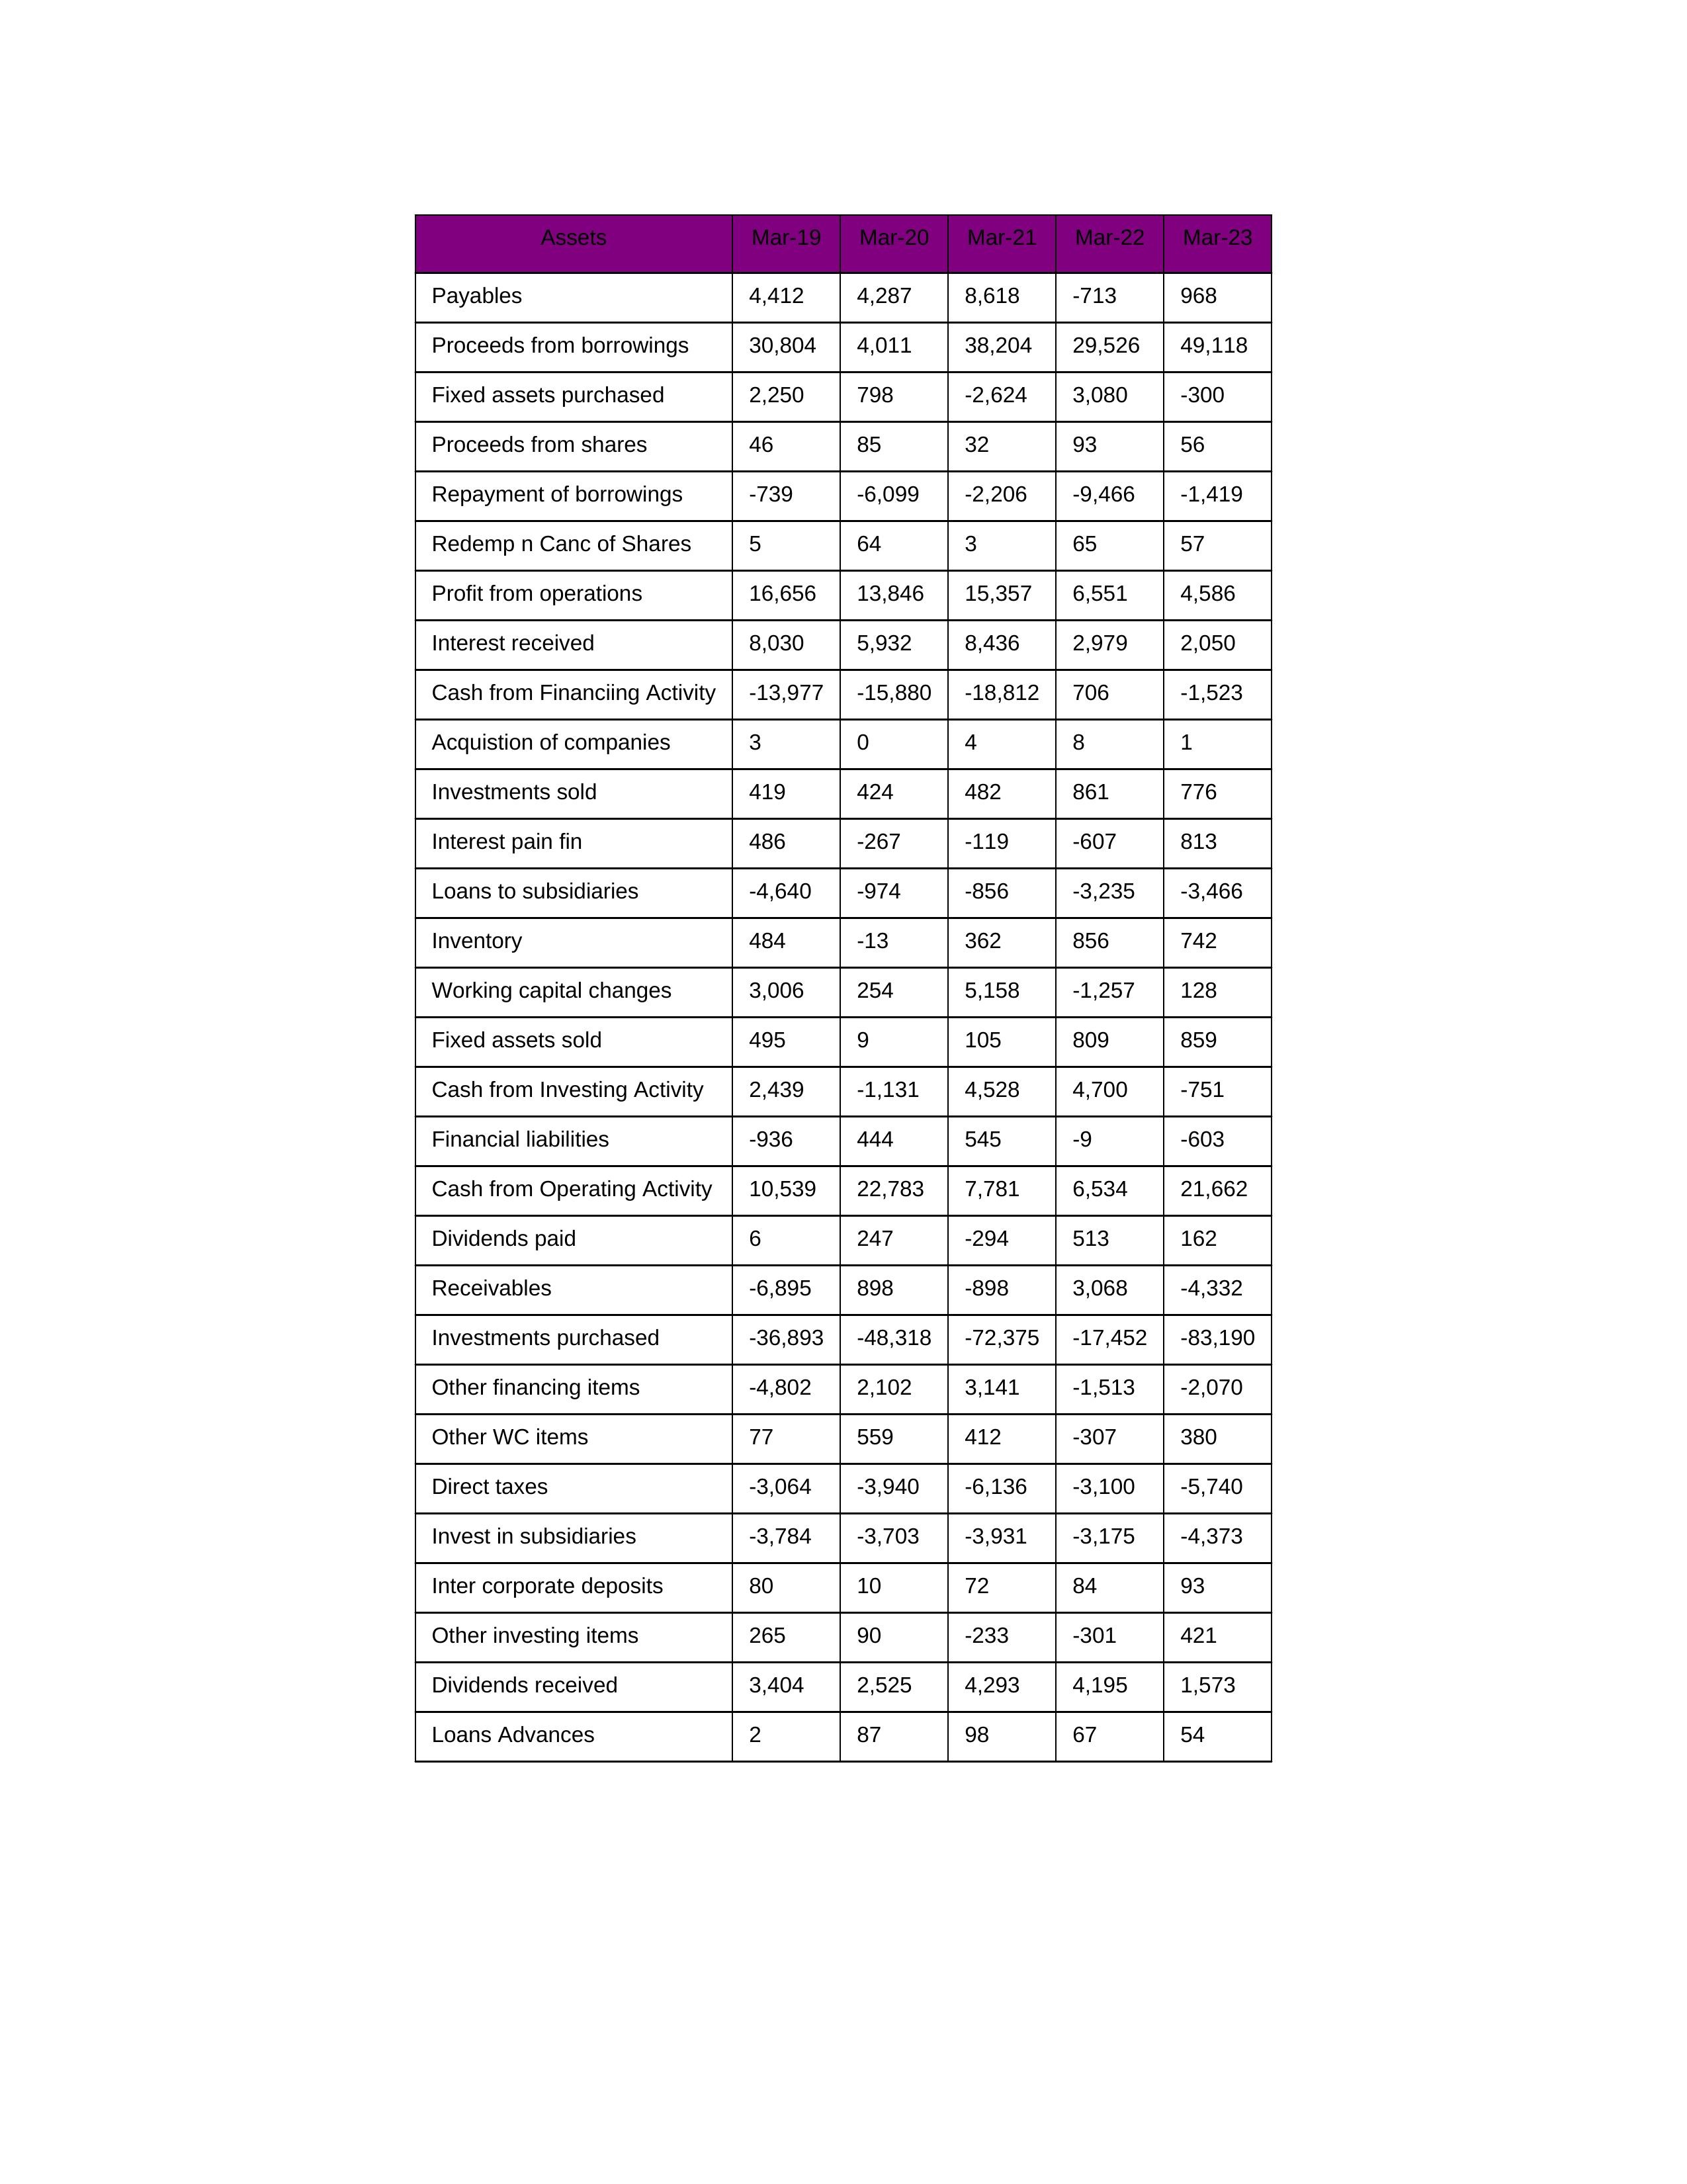
gt_parse: Mar-19: Cash from Operating Activity: 10,539
Profit from operations: 16,656
Receivables: -6,895
Inventory: 484
Payables: 4,412
Loans Advances: 2
Other WC items: 77
Working capital changes: 3,006
Direct taxes: -3,064
Cash from Investing Activity: 2,439
Fixed assets purchased: 2,250
Fixed assets sold: 495
Investments purchased: -36,893
Investments sold: 419
Interest received: 8,030
Dividends received: 3,404
Invest in subsidiaries: -3,784
Loans to subsidiaries: -4,640
Redemp n Canc of Shares: 5
Acquistion of companies: 3
Inter corporate deposits: 80
Other investing items: 265
Cash from Financiing Activity: -13,977
Proceeds from shares: 46
Proceeds from borrowings: 30,804
Repayment of borrowings: -739
Interest pain fin: 486
Dividends paid: 6
Financial liabilities: -936
Other financing items: -4,802
Mar-20: Cash from Operating Activity: 22,783
Profit from operations: 13,846
Receivables: 898
Inventory: -13
Payables: 4,287
Loans Advances: 87
Other WC items: 559
Working capital changes: 254
Direct taxes: -3,940
Cash from Investing Activity: -1,131
Fixed assets purchased: 798
Fixed assets sold: 9
Investments purchased: -48,318
Investments sold: 424
Interest received: 5,932
Dividends received: 2,525
Invest in subsidiaries: -3,703
Loans to subsidiaries: -974
Redemp n Canc of Shares: 64
Acquistion of companies: 0
Inter corporate deposits: 10
Other investing items: 90
Cash from Financiing Activity: -15,880
Proceeds from shares: 85
Proceeds from borrowings: 4,011
Repayment of borrowings: -6,099
Interest pain fin: -267
Dividends paid: 247
Financial liabilities: 444
Other financing items: 2,102
Mar-21: Cash from Operating Activity: 7,781
Profit from operations: 15,357
Receivables: -898
Inventory: 362
Payables: 8,618
Loans Advances: 98
Other WC items: 412
Working capital changes: 5,158
Direct taxes: -6,136
Cash from Investing Activity: 4,528
Fixed assets purchased: -2,624
Fixed assets sold: 105
Investments purchased: -72,375
Investments sold: 482
Interest received: 8,436
Dividends received: 4,293
Invest in subsidiaries: -3,931
Loans to subsidiaries: -856
Redemp n Canc of Shares: 3
Acquistion of companies: 4
Inter corporate deposits: 72
Other investing items: -233
Cash from Financiing Activity: -18,812
Proceeds from shares: 32
Proceeds from borrowings: 38,204
Repayment of borrowings: -2,206
Interest pain fin: -119
Dividends paid: -294
Financial liabilities: 545
Other financing items: 3,141
Mar-22: Cash from Operating Activity: 6,534
Profit from operations: 6,551
Receivables: 3,068
Inventory: 856
Payables: -713
Loans Advances: 67
Other WC items: -307
Working capital changes: -1,257
Direct taxes: -3,100
Cash from Investing Activity: 4,700
Fixed assets purchased: 3,080
Fixed assets sold: 809
Investments purchased: -17,452
Investments sold: 861
Interest received: 2,979
Dividends received: 4,195
Invest in subsidiaries: -3,175
Loans to subsidiaries: -3,235
Redemp n Canc of Shares: 65
Acquistion of companies: 8
Inter corporate deposits: 84
Other investing items: -301
Cash from Financiing Activity: 706
Proceeds from shares: 93
Proceeds from borrowings: 29,526
Repayment of borrowings: -9,466
Interest pain fin: -607
Dividends paid: 513
Financial liabilities: -9
Other financing items: -1,513
Mar-23: Cash from Operating Activity: 21,662
Profit from operations: 4,586
Receivables: -4,332
Inventory: 742
Payables: 968
Loans Advances: 54
Other WC items: 380
Working capital changes: 128
Direct taxes: -5,740
Cash from Investing Activity: -751
Fixed assets purchased: -300
Fixed assets sold: 859
Investments purchased: -83,190
Investments sold: 776
Interest received: 2,050
Dividends received: 1,573
Invest in subsidiaries: -4,373
Loans to subsidiaries: -3,466
Redemp n Canc of Shares: 57
Acquistion of companies: 1
Inter corporate deposits: 93
Other investing items: 421
Cash from Financiing Activity: -1,523
Proceeds from shares: 56
Proceeds from borrowings: 49,118
Repayment of borrowings: -1,419
Interest pain fin: 813
Dividends paid: 162
Financial liabilities: -603
Other financing items: -2,070